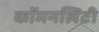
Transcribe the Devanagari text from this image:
कॉमनलिटी